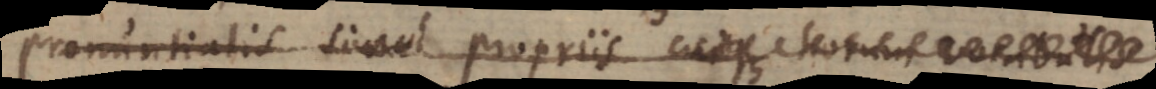
pronuntiatis simul propriis cuique h